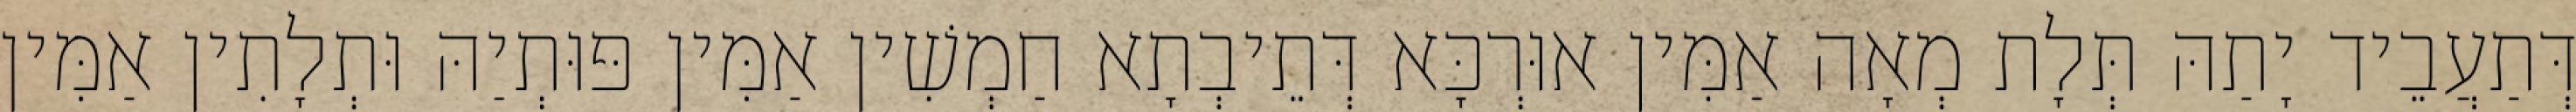
דְּתַעֲבֵיד יָתַהּ תְּלָת מְאָה אַמִּין אוּרְכָּא דְּתֵיבְתָא חַמְשִׁין אַמִּין פּוּתְיַהּ וּתְלָתִין אַמִּין